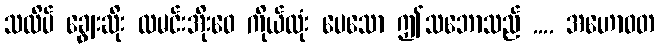
သလိပ် ချွေးဆိုး ထမင်းအိုးဝေ ကိုယ်လုံး ပေသော ဤသဘောသည် .... အဟောဝတ